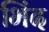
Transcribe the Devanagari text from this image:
भिंद